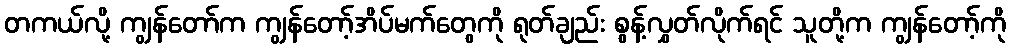
တကယ်လို့ ကျွန်တော်က ကျွန်တော့်အိပ်မက်တွေကို ရုတ်ချည်း စွန့်လွှတ်လိုက်ရင် သူတို့က ကျွန်တော့်ကို